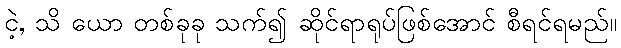
ငဲ့, သိ ယော တစ်ခုခု သက်၍ ဆိုင်ရာရုပ်ဖြစ်အောင် စီရင်ရမည်။